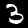
Digit: 3